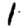
Digit: 1